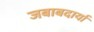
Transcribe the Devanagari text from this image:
जबाबदार्या